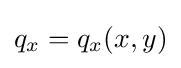
q_{x}=q_{x}(x,y)